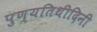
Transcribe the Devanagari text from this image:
पुण्यतिथीदिनी